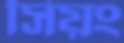
সিয়ং